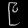
Digit: ၉